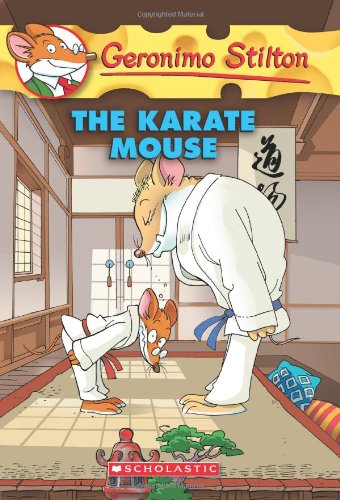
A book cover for The Karate Mouse (Geronimo Stilton, No. 40); Geronimo Stilton; Children's Books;